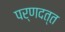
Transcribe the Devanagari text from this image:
पर्णदत्त